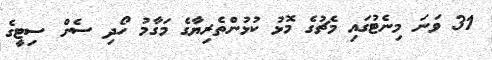
31 ވަނަ މިނެޓުގައި މެޗުގެ މޮޅު ކުޅުންތެރިޔާގެ މަގާމު ހޯދި ސެން ސިޓީގެ